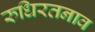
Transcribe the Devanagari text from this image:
रुधिरतनाव